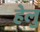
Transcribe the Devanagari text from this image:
हेलु